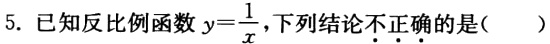
5. 已知反比例函数$y = \frac{1}{x}$，下列结论不•正•确•的是( )